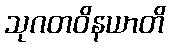
သုဂတဝိနယာတိ